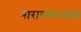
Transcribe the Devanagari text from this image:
नारायणरावचा